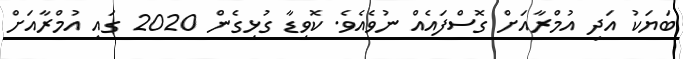
ބަޔަކު އަދި އުމްރާއަށް ގޮސްފައެއް ނުވެއެވެ. ކޮވިޑާ ގުޅިގެން 2020 ގައި އުމްރާއަށް